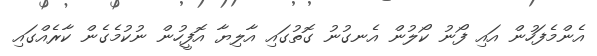
އެންމެފަހުން އައި ފޯނު ކޯލުން އެނގުނު ގޮތުގައި އާލިޔާ އޮފީހުން ނުކުމެގެން ކާރެއްގައި